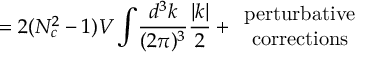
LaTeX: = 2 ( N _ { c } ^ { 2 } - 1 ) V \int \! \frac { d ^ { 3 } k } { ( 2 \pi ) ^ { 3 } } \frac { | k | } { 2 } + \begin{array} { c } { { \mathrm { p e r t u r b a t i v e } } } \\ { { \mathrm { c o r r e c t i o n s } } } \end{array}